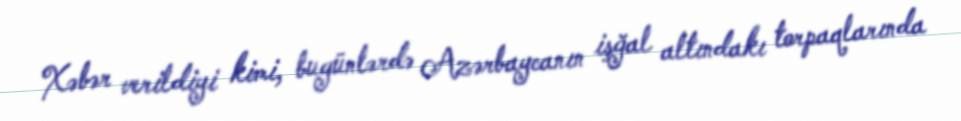
Xəbər verildiyi kimi, bugünlərdə Azərbaycanın işğal altındakı torpaqlarında